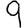
Digit: 9